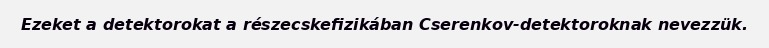
Ezeket a detektorokat a részecskefizikában Cserenkov-detektoroknak nevezzük.